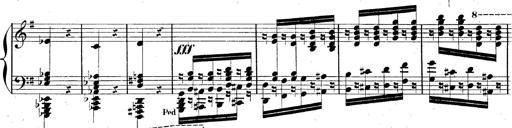
Title: AnnÃ©es de pÃ¨lerinage II, SupplÃ©ment
Composer: Franz Liszt